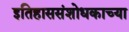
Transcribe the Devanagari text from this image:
इतिहाससंशोधकाच्या